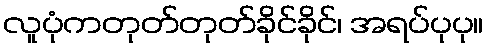
လူပုံကတုတ်တုတ်ခိုင်ခိုင်၊ အရပ်ပုပု။